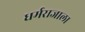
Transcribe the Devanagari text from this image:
धर्मराजाला